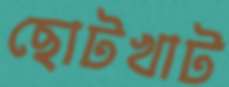
ছোটখাট